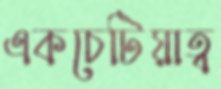
একচেটিয়াত্ব